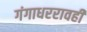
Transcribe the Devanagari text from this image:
गंगाधररावही